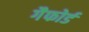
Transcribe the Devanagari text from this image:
गैफोर्ड